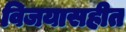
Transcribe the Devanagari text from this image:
विजयासहीत